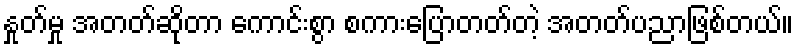
နှုတ်မှု အတတ်ဆိုတာ ကောင်းစွာ စကားပြောတတ်တဲ့ အတတ်ပညာဖြစ်တယ်။